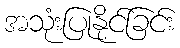
အသုံးပြုနိုင်ခြင်း